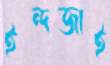
ইন্দজাই